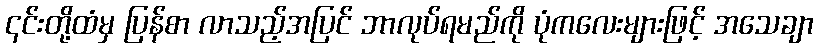
၎င်းတို့ထံမှ ပြန်စာ လာသည့်အပြင် ဘာလုပ်ရမည်ကို ပုံကလေးများဖြင့် အသေချာ